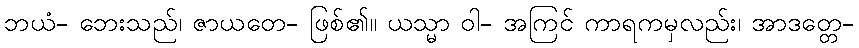
ဘယံ- ဘေးသည်၊ ဇာယတေ- ဖြစ်၏။ ယသ္မာ ဝါ- အကြင် ကာရကမှလည်း၊ အာဒတ္တေ-